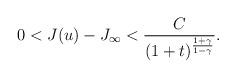
LaTeX: \begin{align*}0<J(u)-J_{\infty}<\frac{C}{(1+t)^{\frac{1+\gamma}{1-\gamma}}}.\end{align*}